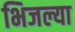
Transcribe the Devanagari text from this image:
भिजल्या